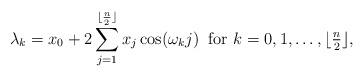
LaTeX: \begin{align*}\lambda_k=x_0+2\sum_{j=1}^{\lfloor\frac{n}{2}\rfloor}x_j\cos(\omega_k j)\;\;\mbox{for $k=0,1,\ldots,\lfloor\frac{n}{2}\rfloor$},\end{align*}